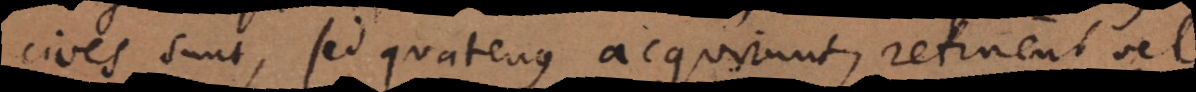
cives sunt, sed quatenus acquirunt, retinent vel